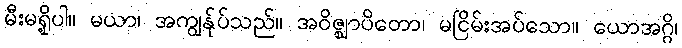
မီးမရှို့ပါ။ မယာ၊ အကျွန်ုပ်သည်။ အဝိဇ္ဈာပိတော၊ မငြိမ်းအပ်သော။ ယောအဂ္ဂိ၊